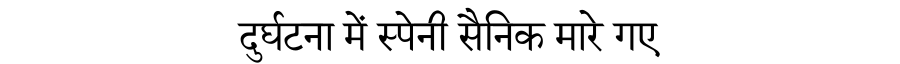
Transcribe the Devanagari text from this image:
दुर्घटना में स्पेनी सैनिक मारे गए